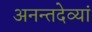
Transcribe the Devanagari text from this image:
अनन्तदेव्यां